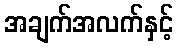
အချက်အလက်နှင့်